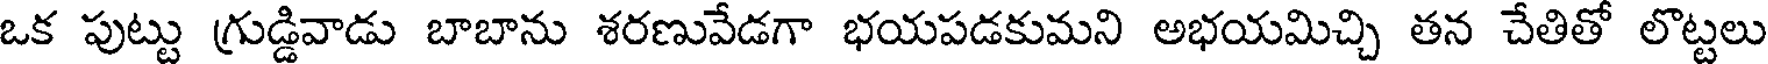
ఒక పుట్టు గ్రుడ్డివాడు బాబాను శరణువేడగా భయపడకుమని అభయమిచ్చి తన చేతితో లొట్టలు